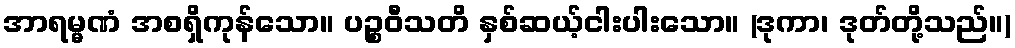
အာရမ္မဏံ အစရှိကုန်သော။ ပဉ္စဝီသတိ နှစ်ဆယ့်ငါးပါးသော။ (ဒုကာ၊ ဒုတ်တို့သည်။)